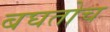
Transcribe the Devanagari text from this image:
बघतोच